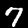
Digit: 7